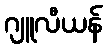
ဂျူလီယန်